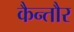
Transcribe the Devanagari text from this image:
कैन्तौर